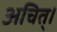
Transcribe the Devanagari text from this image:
अचित्‌।